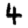
Digit: 4